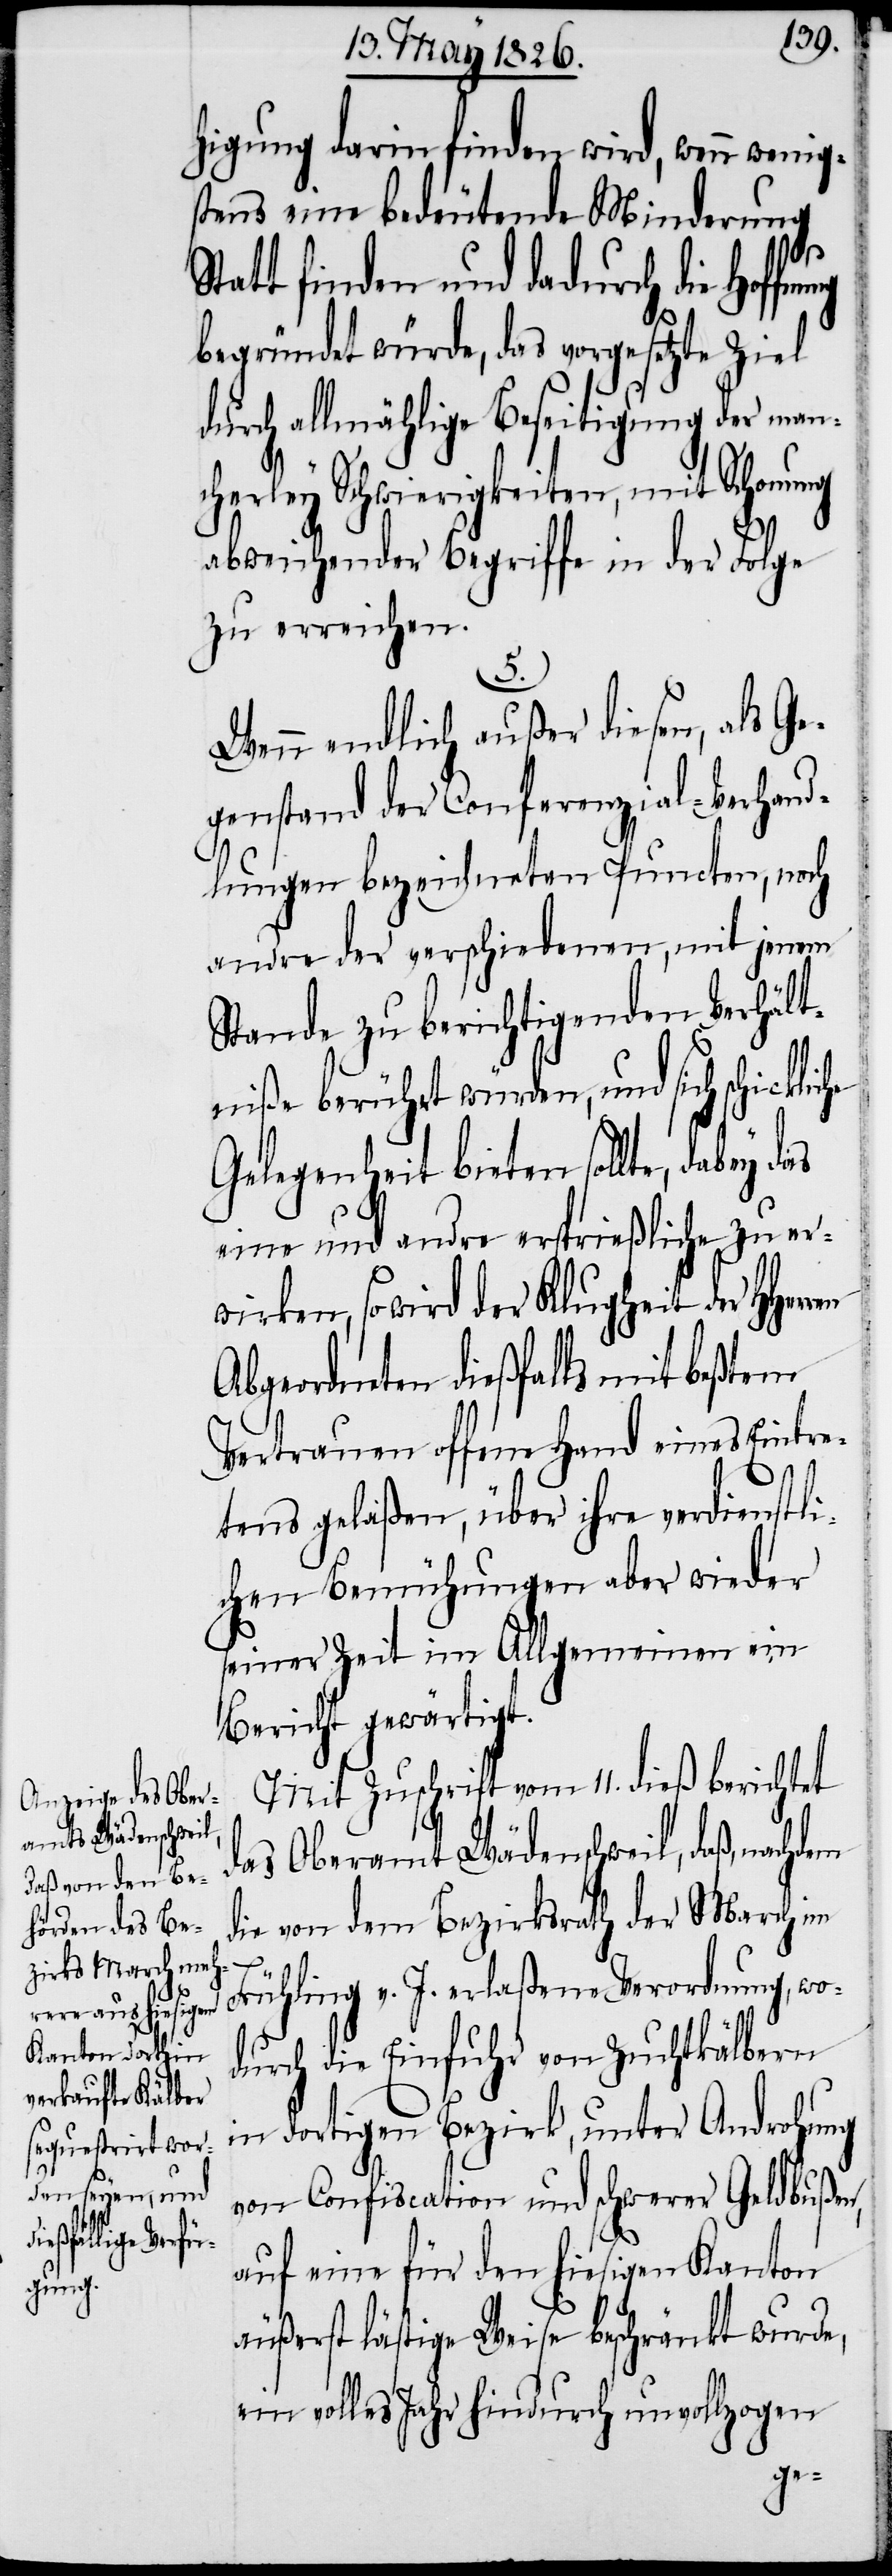
ickliche

higung darin finden wird, wenn wenig¬
stens eine bedeutende Minderung
Statt finden und dadurch die Hoffnung
begründet würde, das vorgesetzte Ziel
durch allmählige Beseitigung der man¬
cherley Schwierigkeiten, mit Schonung
abweichender Begriffe in der Folge
zu erreichen.
5.
Wenn endlich außer diesen, als Ge¬
genstand der Conferenzial-Verhand¬
lungen bezeichneten Puncten, noch
andre der verschiedenen, mit jenem
Stande zu berichtigenden Verhält¬
niße berührt würden, und sich sch¬
Gelegenheit bieten sollte, dabey
eine und andre ersprießliche zu er¬
wirken, so wird der Klugheit der
Abgeordneten dießfalls mit beßtem
Vertrauen offene Hand eines Eintre¬
tens gelaßen, über ihre verdienstli¬
chen Bemühungen aber wieder
seiner Zeit im Allgemeinen ein
Bericht gewärtigt.
Mit Zuschrift vom 11. dieß berichtet
das Oberamt Wädenschweil, daß, nachdem
die von dem Bezirksrath der March im
Frühling v. J. erlaßene Verordnung, wo¬
durch die Einfuhr von Zuchtkälbern
in dortigen Bezirk, unter Androhung
von Confiscation und schwerer Geldbußen,
auf eine für den hiesigen Kanton
äußerst lästige Weise beschränkt wurde,
ein volles Jahr hindurch unvollzogen